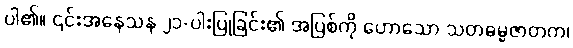
ပါ၏။ ၎င်းအနေသန ၂၁-ပါးပြုခြင်း၏ အပြစ်ကို ဟောသော သတဓမ္မဇာတက၊